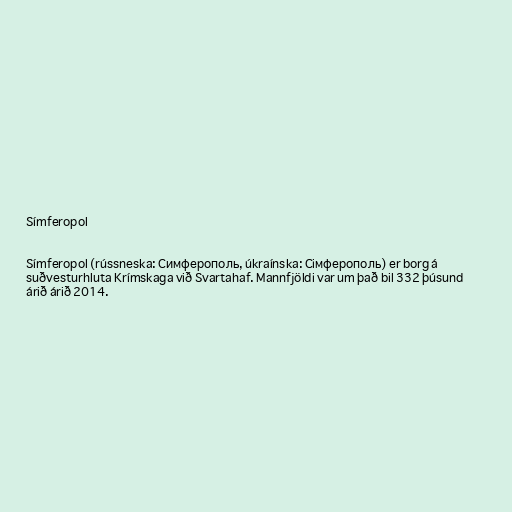
Símferopol

Símferopol (rússneska: Симферопoль, úkraínska: Сімферополь) er borg á
suðvesturhluta Krímskaga við Svartahaf. Mannfjöldi var um það bil 332 þúsund
árið árið 2014.